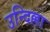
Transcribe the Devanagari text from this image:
उन्दिल्ला